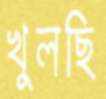
খুলছি